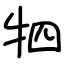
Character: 牭